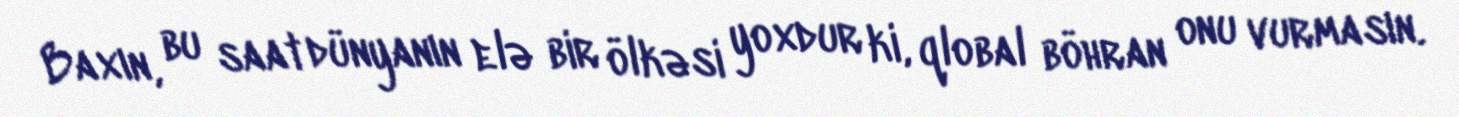
Baxın, bu saat dünyanın elə bir ölkəsi yoxdur ki, qlobal böhran onu vurmasın.